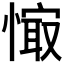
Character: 𰒉